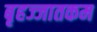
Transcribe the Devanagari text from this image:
बृहज्जातकम